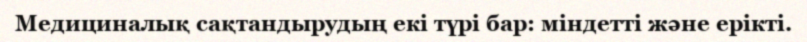
Медициналық сақтандырудың екі түрі бар: міндетті және ерікті.